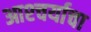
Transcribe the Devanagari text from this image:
आश्‍चर्याचा